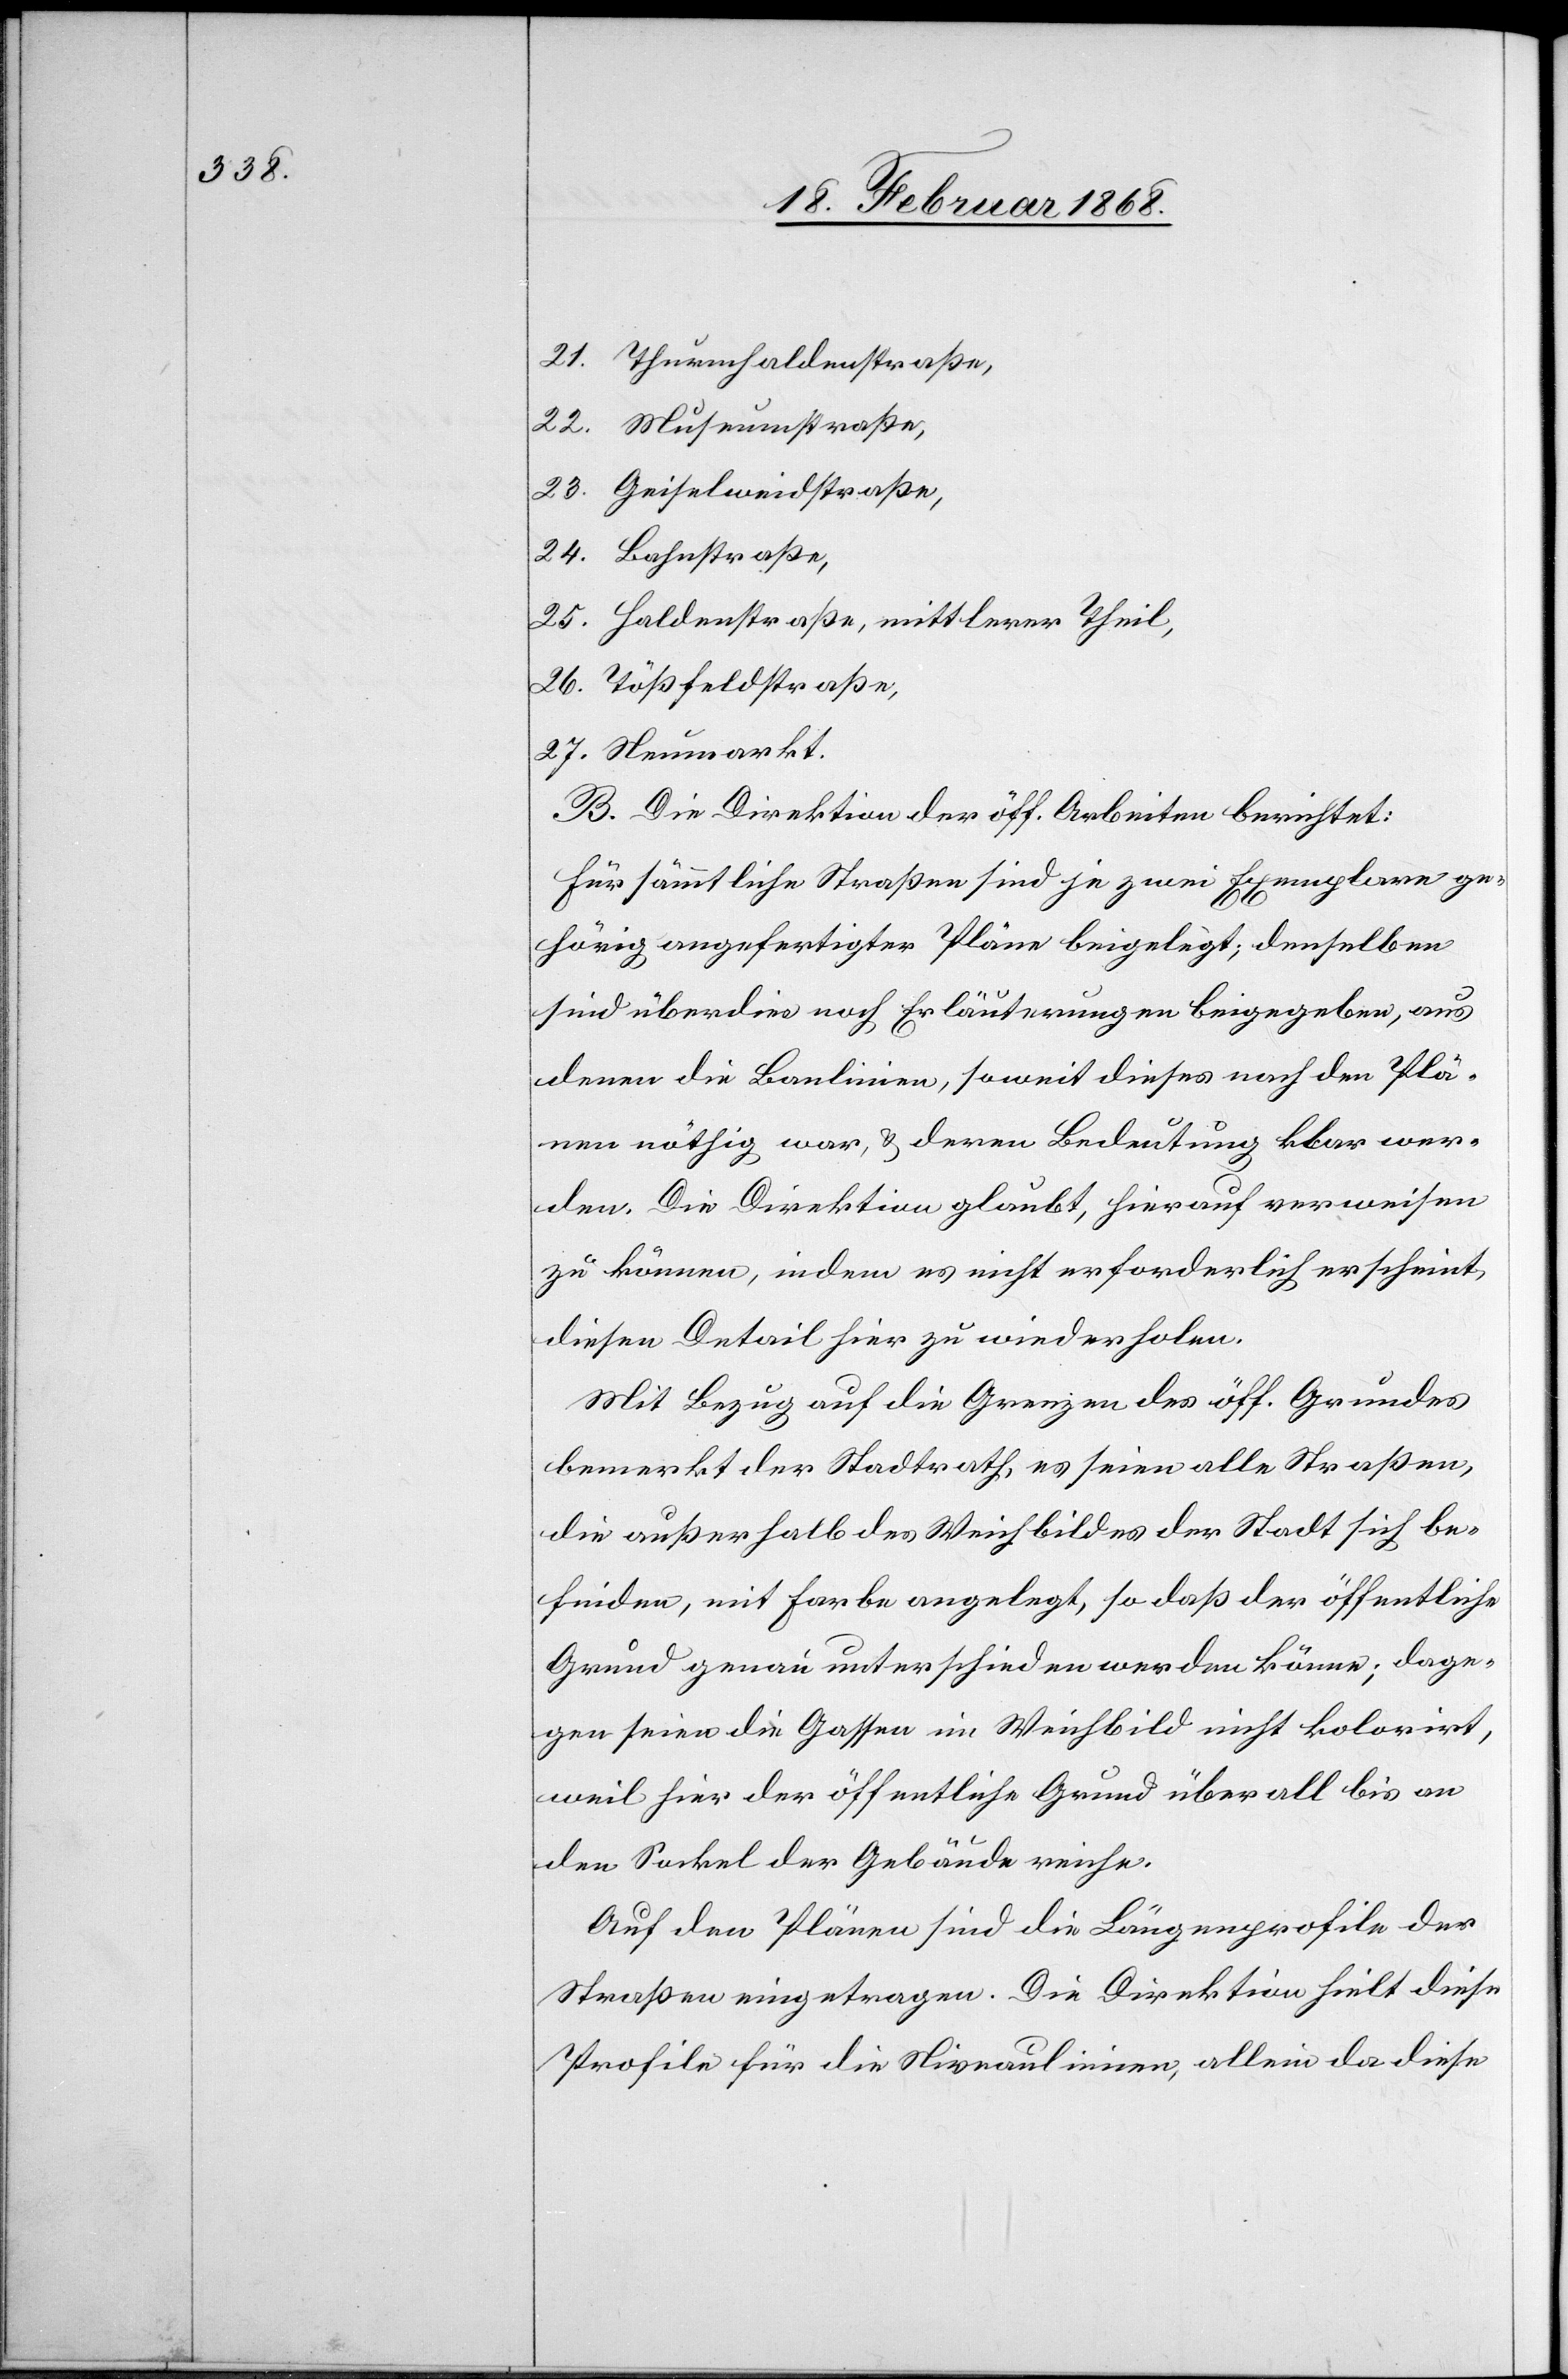
23.

Haldenstraße, mittlerer Theil,
Tößfeldstraße,
B. Die Direktion der öff. Arbeiten berichtet:
Für sämmtliche Straßen sind je zwei Exemplare ge¬
hörig angefertigter Pläne beigelegt; denselben
sind überdies noch Erläuterungen beigegeben, aus
denen die Baulinien, soweit dieses nach den Plä¬
nen nöthig war, & deren Bedeutung klar wer¬
den. Die Direktion glaubt, hierauf verweisen
zu können, indem es nicht erforderlich erscheint,
diesen Detail hier zu wiederholen.
Mit Bezug auf die Grenzen des öff. Grundes
bemerkt der Stadtrath, es seien alle Straßen,
die außerhalb des Weichbildes der Stadt sich be¬
finden, mit Farbe angelegt, so daß der öffentliche
Grund genau unterschieden werden könne; dage¬
gen seien die Gassen im Weichbild nicht kolorirt,
weil hier der öffentliche Grund überall bis an
den Sockel der Gebäude reiche.
Auf den Plänen sind die Längenprofile der
Straßen eingetragen. Die Direktion hielt diese
Profile für die Niveaulinien, allein da diese